Civil Veterinary Dept. North-West Frontier Province 1923-32 - 1923-1932
Year: 1923
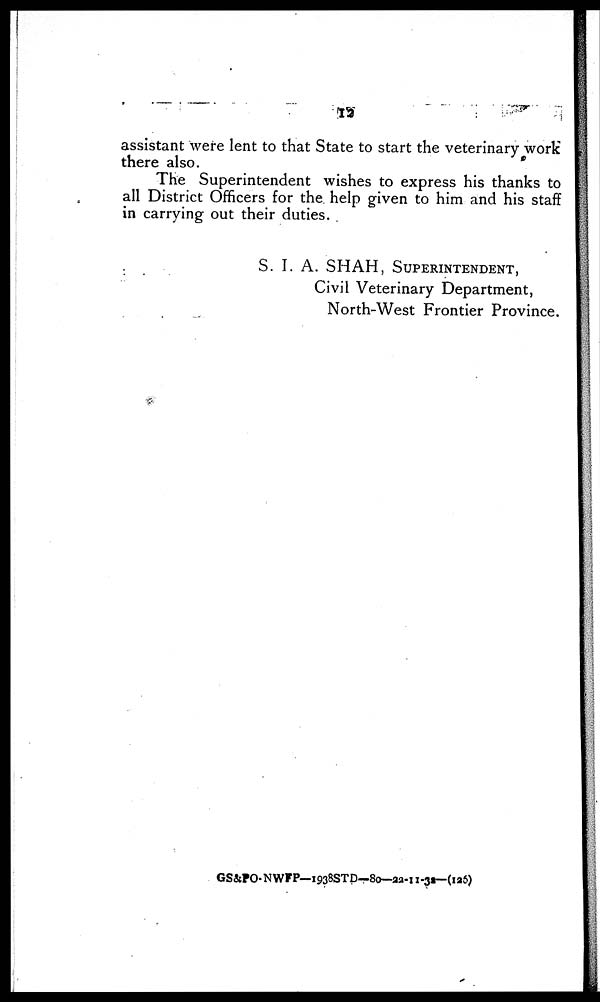
12
assistant were lent to that State to start the veterinary work
there also.
The Superintendent wishes to express his thanks to
all District Officers for the help given to him and his staff
in carrying out their duties.
S. I. A. SHAH, SUPRINTENDENT,
Civil Veterinary Department,
North-West Frontier Province.
GS&PO-NWFP— 1938STD—80—22-11-32— (125)